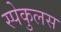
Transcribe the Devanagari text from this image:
स्पेकुलस